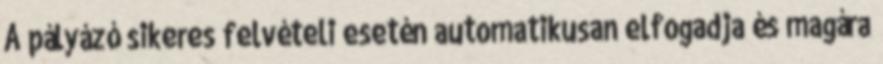
A pályázó sikeres felvételi esetén automatikusan elfogadja és magára